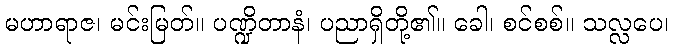
မဟာရာဇ၊ မင်းမြတ်။ ပဏ္ဍိတာနံ၊ ပညာရှိတို့၏။ ခေါ၊ စင်စစ်။ သလ္လပေ၊